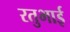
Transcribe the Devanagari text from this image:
रतुभाई